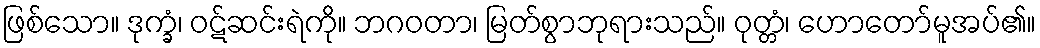
ဖြစ်သော။ ဒုက္ခံ၊ ဝဋ်ဆင်းရဲကို။ ဘဂဝတာ၊ မြတ်စွာဘုရားသည်။ ဝုတ္တံ၊ ဟောတော်မူအပ်၏။